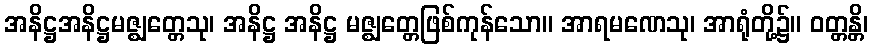
အနိဋ္ဌအနိဋ္ဌမဇ္ဈတ္တေသု၊ အနိဋ္ဌ အနိဋ္ဌ မဇ္ဈတ္တေဖြစ်ကုန်သော။ အာရမဏေသု၊ အာရုံတို့၌။ ဝတ္တန္တိ၊